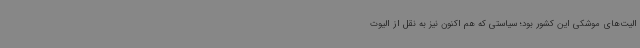
الیت‌های موشکی این کشور بود؛ سیاستی که هم اکنون نیز به نقل از الیوت